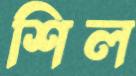
শিল